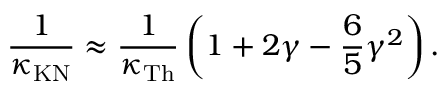
\frac { 1 } { \kappa _ { \mathrm { K N } } } \approx \frac { 1 } { \kappa _ { \mathrm { T h } } } \left( 1 + 2 \gamma - \frac { 6 } { 5 } \gamma ^ { 2 } \right) .